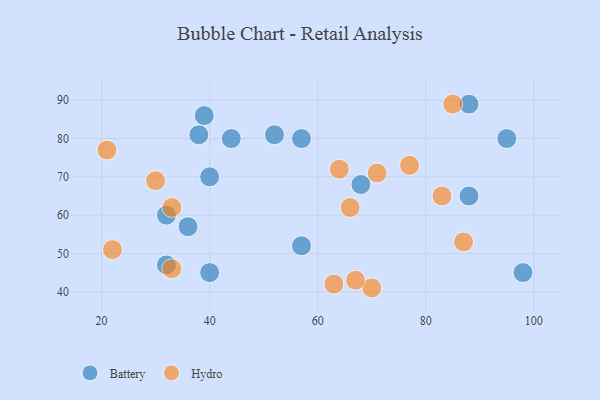
{"axis": {"x": "GDP", "y": "Life Expectancy"}, "legend": ["Battery", "Hydro"], "data": [{"x": "57", "y": 52, "type": "Battery"}, {"x": "98", "y": 45, "type": "Battery"}, {"x": "88", "y": 65, "type": "Battery"}, {"x": "39", "y": 86, "type": "Battery"}, {"x": "95", "y": 80, "type": "Battery"}, {"x": "40", "y": 70, "type": "Battery"}, {"x": "44", "y": 80, "type": "Battery"}, {"x": "57", "y": 80, "type": "Battery"}, {"x": "40", "y": 45, "type": "Battery"}, {"x": "68", "y": 68, "type": "Battery"}, {"x": "32", "y": 60, "type": "Battery"}, {"x": "38", "y": 81, "type": "Battery"}, {"x": "32", "y": 47, "type": "Battery"}, {"x": "36", "y": 57, "type": "Battery"}, {"x": "88", "y": 89, "type": "Battery"}, {"x": "52", "y": 81, "type": "Battery"}, {"x": "66", "y": 62, "type": "Hydro"}, {"x": "21", "y": 77, "type": "Hydro"}, {"x": "87", "y": 53, "type": "Hydro"}, {"x": "22", "y": 51, "type": "Hydro"}, {"x": "70", "y": 41, "type": "Hydro"}, {"x": "71", "y": 71, "type": "Hydro"}, {"x": "63", "y": 42, "type": "Hydro"}, {"x": "85", "y": 89, "type": "Hydro"}, {"x": "77", "y": 73, "type": "Hydro"}, {"x": "30", "y": 69, "type": "Hydro"}, {"x": "83", "y": 65, "type": "Hydro"}, {"x": "33", "y": 46, "type": "Hydro"}, {"x": "64", "y": 72, "type": "Hydro"}, {"x": "33", "y": 62, "type": "Hydro"}, {"x": "67", "y": 43, "type": "Hydro"}]}